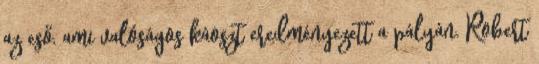
az eső, ami valóságos káoszt eredményezett a pályán. Robert